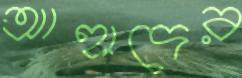
আহাদের